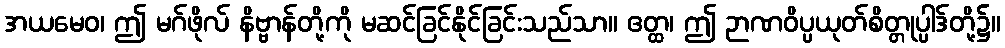
အယမေဝ၊ ဤ မဂ်ဖိုလ် နိဗ္ဗာန်တို့ကို မဆင်ခြင်နိုင်ခြင်းသည်သာ။ ဧတ္ထ၊ ဤ ဉာဏဝိပ္ပယုတ်စိတ္တုပ္ပါဒ်တို့၌။